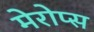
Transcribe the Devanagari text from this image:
मेरोप्स